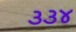
૩૩૪